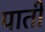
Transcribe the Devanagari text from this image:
पार्ती